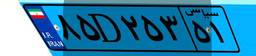
۸۲D۹۳۱۴۰